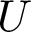
U